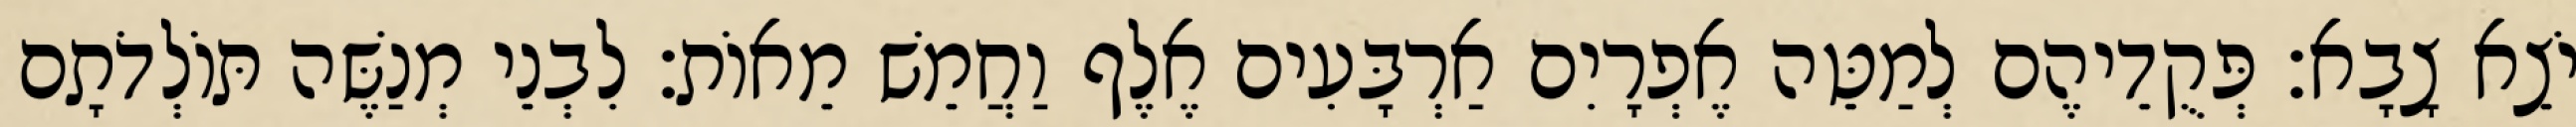
יֹצֵא צָבָא׃ פְּקֻדֵיהֶם לְמַטֵּה אֶפְרָיִם אַרְבָּעִים אֶלֶף וַחֲמֵשׁ מֵאוֹת׃ לִבְנֵי מְנַשֶּׁה תּוֹלְדֹתָם